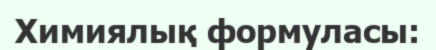
Химиялық формуласы: